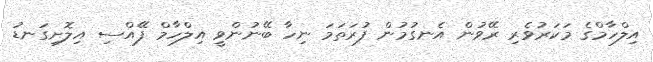
އިލްހާމްގެ މަކަރުވެރި ރޭވުން އެނގުމުން ފުރަތަމަ ނިހާ ބޭނުންވީ އިލްހާމް ފޭއްސި އިލޮށިގަނޑު